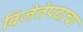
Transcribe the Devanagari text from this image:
विजेतेपदाचा